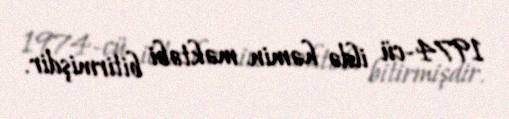
1974-cü ildə həmin məktəbi bitirmişdir.